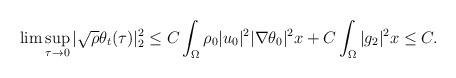
LaTeX: \begin{align*}\lim \sup_{\tau\rightarrow 0}|\sqrt{\rho}\theta_t(\tau)|^2_2 \leq C\int_{\Omega} \rho_0 |u_0|^2|\nabla \theta_0|^2x+C\int_{\Omega} |g_2|^2x\leq C.\end{align*}